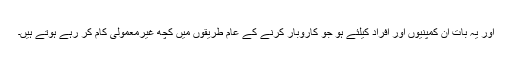
اور یہ بات ان کمپنیوں اور افراد کیلئے ہو جو کاروبار کرنے کے عام طریقوں میں کچھ غیرمعمولی کام کر رہے ہوتے ہیں۔